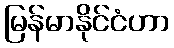
မြန်မာနိုင်ငံဟာ